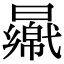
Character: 𣍑